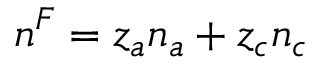
n ^ { F } = z _ { a } n _ { a } + z _ { c } n _ { c }